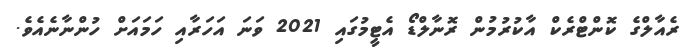
ރެއާލްގެ ކޮންޓްރެކް އާކުރުމުން ރޮނާލްޑޯ އެޓީމުގައި 2021 ވަނަ އަހަރާއި ހަމައަށް ހުންނާނެއެވެ.